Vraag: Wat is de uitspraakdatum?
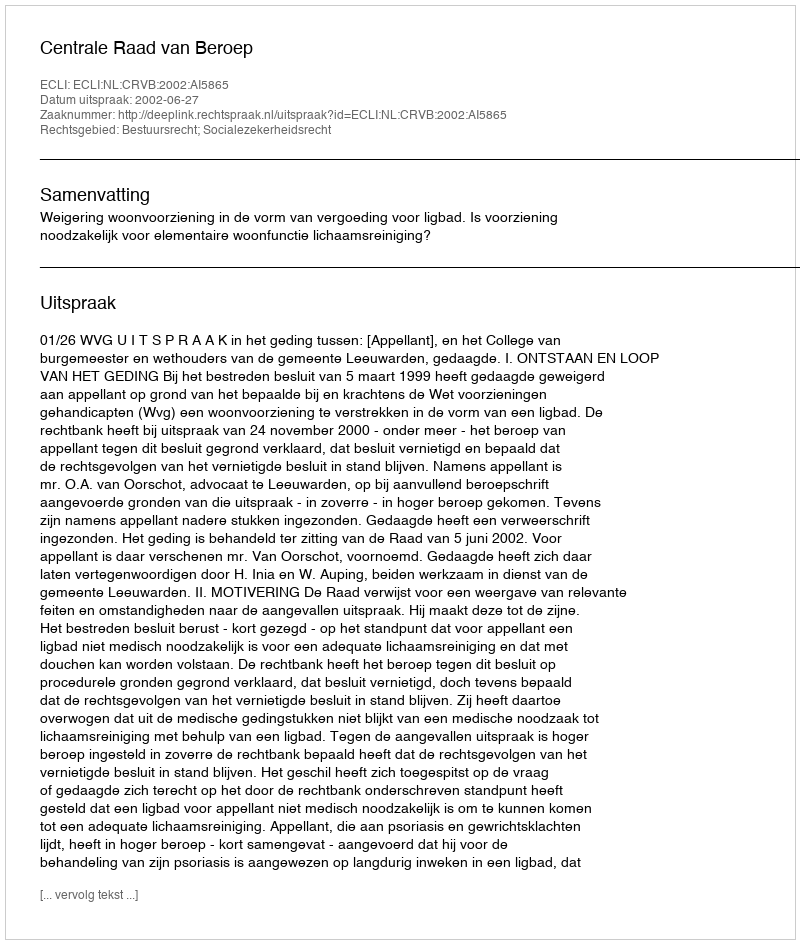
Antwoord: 2002-06-27